Report on the Civil Veterinary Department, Eastern Bengal and Assam - 1907-1911
Year: 1907
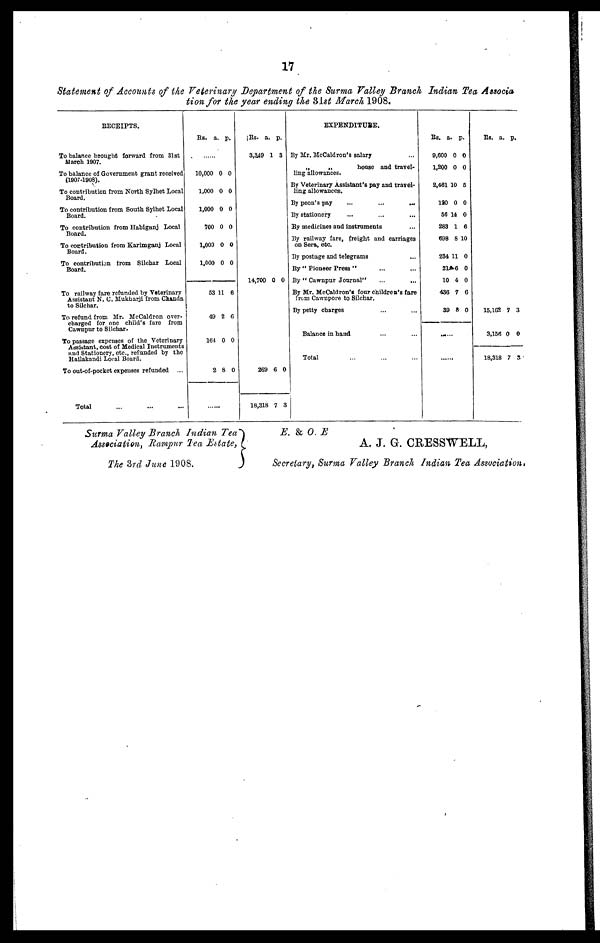
17
Statement of Accounts of the Veterinary Department of the Surma Valley Branch Indian Tea Associa
tion for the year ending the 31st March 1908.
RECEIPTS.
To balance brought forward from 31st
March 1907.
To balance of Government grant received
(1907-1908).
To contribution from North Sylhet Local
Board.
To contribution from South Sylhet Local
Board.
To contribution from Habiganj Local
Board.
To contribution from Karimganj Local
Board.
To contribution from Silchar Local
Board.
To railway fare refunded by Veterinary
Assistant N. C. Mukharji from Chanda
to Silchar.
To refund from Mr. McCaldron over-
charged for one child's fare from
Cawnpur to Silchar.
To passage expenses of the Veterinary
Assistant, cost of Medical Instruments
and Stationery, etc., refunded by the
Hailakandi Local Board.
To out-of-pocket expenses refunded ...
Total ... ... ...
Rs. a. p.
.......
10,000
1,000
1,000
700
1,000
1,000
53
49
164
2
0
0
0
0
0
0
11
2
0
8
0
0
0
0
0
0
6
6
0
0
......
Rs.
3,349
14,700
269
18,318
a.
1
0
6
7
p.
3
0
0
3
EXPENDITURE.
By Mr. McCaldron's salary ...
„
„
house and travel-
ling allowances.
By Veterinary Assistant's pay and travel-
ling allowances.
By peon's pay
...
...
...
By stationery ... ... ...
By medicines and instruments ...
By railway fare, freight and carriages
on Sera, etc.
By postage and telegrams ...
By " Pioneer Press " ... ...
By " Cawnpur Journal" ... ...
By Mr. McCaldron's four children's fare
from Cawnpore to Silchar,
By petty charges ... ...
Balance in hand ... ...
Total ... ... ...
Rs.
9,600
1,200
a.
0
0
p.
0
0
2,461 1 0 5
190 0 0
56
283
698
14
1
8
0
6
10
234
21
10
436
39
11
6
4
7
8
0
0
0
6
0
......
.....
Rs. a. p.
15,162 7 3
3,156
18,318
0
7
0
3
Surma Valley Branch Indian Tea
Association, Rampur Tea Estate,
The 3rd June 1908.
E. & O E
A. J. G. CRESSWELL,
Secretary, Surma Valley Branch Indian Tea Association,